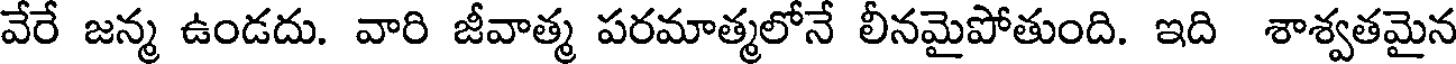
వేరే జన్మ ఉండదు. వారి జీవాత్మ పరమాత్మలోనే లీనమైపోతుంది. ఇది శాశ్వతమైన